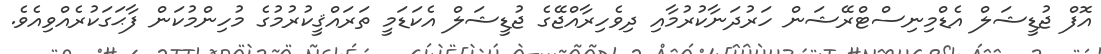
އޮފް ޖުޑީޝަލް އެޑްމިނިސްޓްރޭޝަން ހަރުދަނާކުރުމާއި ދިވެހިރާއްޖޭގެ ޖުޑީޝަލް އެކަޑަމީ ތަރައްޤީކުރުމުގެ މުހިންމުކަން ފާޙަގަކުރެއްވިއެވެ.